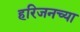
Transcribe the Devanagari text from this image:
हरिजनच्या